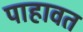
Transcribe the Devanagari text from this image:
पाहावत